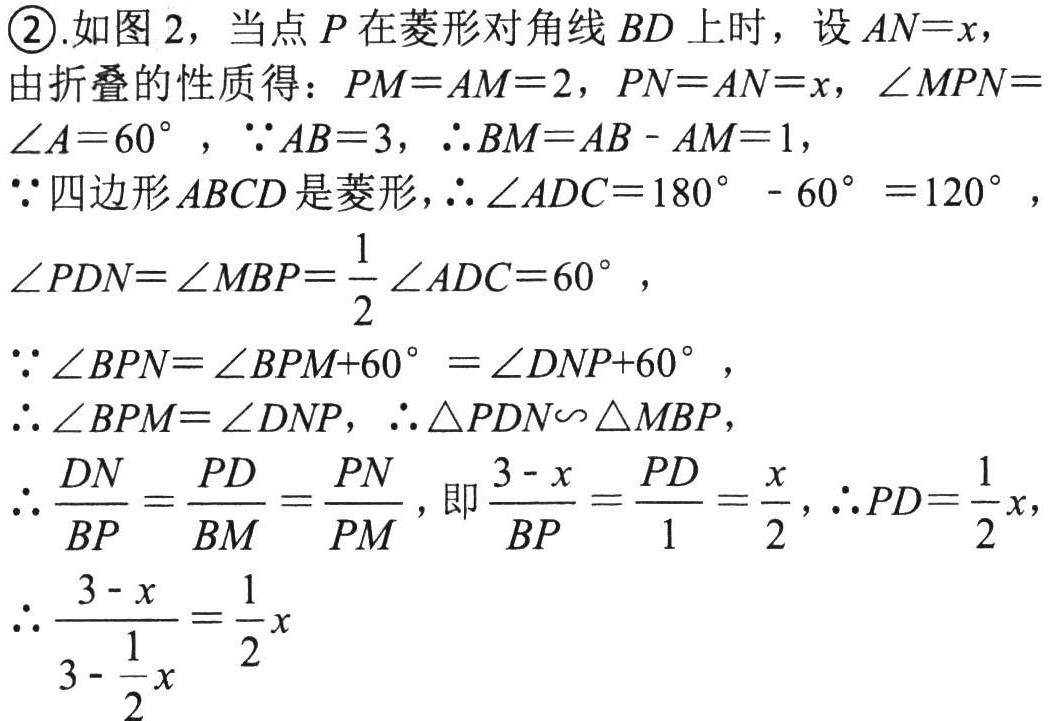
\textcircled{2}.如图 2，当点 \(P\) 在菱形对角线 \(BD\) 上时，设 \(AN = x\)，
由折叠的性质得：\(PM = AM = 2\)，\(PN = AN = x\)，\(\angle MPN=\angle A = 60^{\circ}\)，\(\because AB = 3\)，\(\therefore BM=AB - AM = 1\)，
\(\because\)四边形\(ABCD\)是菱形，\(\therefore\angle ADC = 180^{\circ}-60^{\circ}=120^{\circ}\)，
\(\angle PDN=\angle MBP=\frac{1}{2}\angle ADC = 60^{\circ}\)，
\(\because\angle BPN=\angle BPM + 60^{\circ}=\angle DNP+60^{\circ}\)，
\(\therefore\angle BPM=\angle DNP\)，\(\therefore\triangle PDN\backsim\triangle MBP\)，
\(\therefore\frac{DN}{BP}=\frac{PD}{BM}=\frac{PN}{PM}\)，即\(\frac{3 - x}{BP}=\frac{PD}{1}=\frac{x}{2}\)，\(\therefore PD=\frac{1}{2}x\)，
\(\therefore\frac{3 - x}{3-\frac{1}{2}x}=\frac{1}{2}x\)